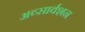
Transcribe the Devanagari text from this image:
अव्सार्वशन